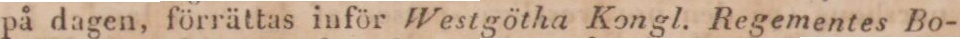
på dagen, förrättas inför Westgötha Kongl. Regementes Bo-